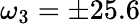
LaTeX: \omega_{3}=\pm 25.6